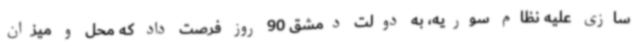
سازی علیه نظام سوریه، به دولت دمشق 90 روز فرصت داد که محل و میزان